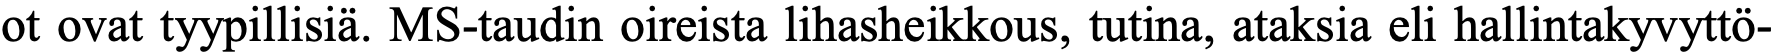
ot ovat tyypillisiä. MS-taudin oireista lihasheikkous, tutina, ataksia eli hallintakyvyttö-